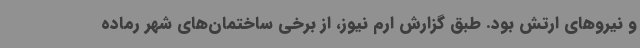
و نیروهای ارتش بود. طبق گزارش ارم نیوز، از برخی ساختمان‌های شهر رماده